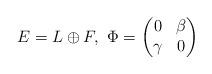
LaTeX: \begin{align*}E=L\oplus F,\,\, \Phi=\begin{pmatrix}0 & \beta\\\gamma & 0\end{pmatrix}\end{align*}